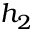
h _ { 2 }